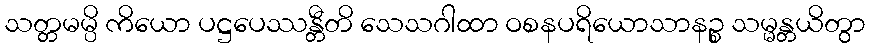
သတ္တမမ္ပိ ကိယော ပဋ္ဌပေဿန္တီတိ သေသဂါထာ ဝစနပရိယောသာနဉ္စ သမ္မန္တယိတွာ